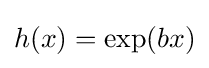
h(x)=\exp({bx})